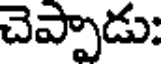
చెప్పాడు: